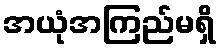
အယုံအကြည်မရှိ